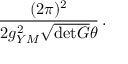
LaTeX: \frac { ( 2 \pi ) ^ { 2 } } { 2 g _ { Y M } ^ { 2 } \sqrt { \mathrm { d e t } G } \theta } \, .